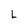
Character: L